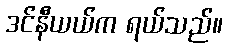
ဒင်နီယယ်က ရယ်သည်။